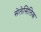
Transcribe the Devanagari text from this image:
सेलेसिलिक